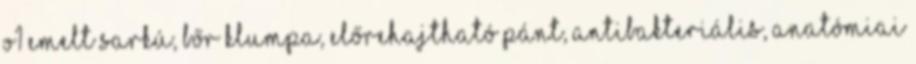
O1 emelt sarkú, bőr klumpa, előrehajtható pánt, antibakteriális, anatómiai